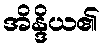
အိန္ဒိယ၏